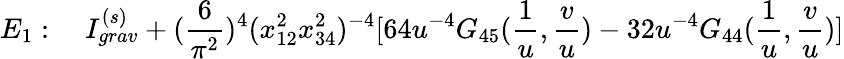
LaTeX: E_{1}:\quad I_{grav}^{(s)}+(\frac{6}{\pi^{2}})^{4}(x_{12}^{2}x_{34}^{2})^{-4}[64u^{-4}G_{45}(\frac{1}{u},\frac{v}{u})-32u^{-4}G_{44}(\frac{1}{u},\frac{v}{u})]